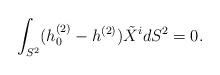
LaTeX: \begin{align*}\int_{S^2} (h_0^{(2)} - h^{(2)}) \tilde X^i dS^2 =0.\end{align*}